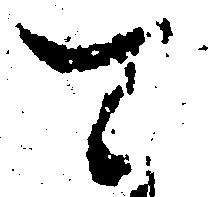
て